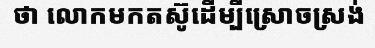
ថា លោកមកតស៊ូដើម្បីស្រោចស្រង់